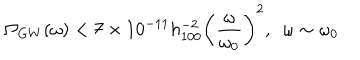
LaTeX: \Omega _ { G W } ( \omega ) < 7 \times 1 0 ^ { - 1 1 } h _ { 1 0 0 } ^ { - 2 } \left( \frac { \omega } { \omega _ { 0 } } \right) ^ { 2 } , ~ ~ \omega \sim \omega _ { 0 }